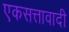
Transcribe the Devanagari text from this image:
एकसत्तावादी